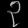
Digit: ၃